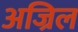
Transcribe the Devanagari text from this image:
अज्रिल